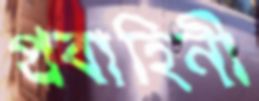
প্রবাহিনী